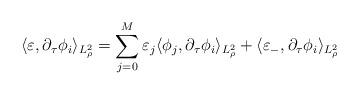
LaTeX: \begin{align*}\langle \varepsilon, \partial_\tau \phi_i \rangle_{L^2_\rho}=\sum_{j=0}^{M}\varepsilon_j \langle \phi_j, \partial_\tau \phi_i \rangle_{L^2_\rho} + \langle \varepsilon_{-}, \partial_\tau \phi_i \rangle_{L^2_\rho} \end{align*}